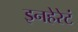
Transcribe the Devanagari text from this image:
इनहेरेटं